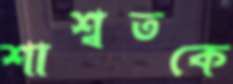
শাশ্বতকে